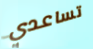
تساعدي